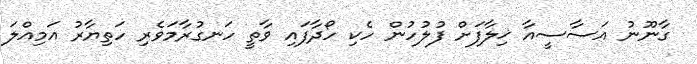
ގާނޫނު އަސާސީއާ ޚިލާފަށް ފުލުހުން ހެކި ހޯދާފައި ވާތީ ހަނގުރާމަވެރި ހަތިޔާރު އަމިއްލަ